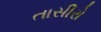
તાસીરો